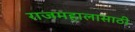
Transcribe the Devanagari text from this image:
राजमहालासाठी